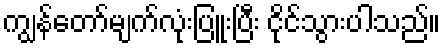
ကျွန်တော်မျက်လုံးပြူးပြီး ငိုင်သွားပါသည်။